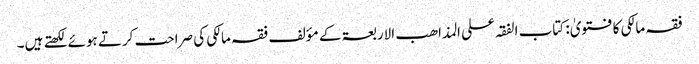
فقہ مالکی کا فتویٰ: کتاب الفقہ علی المذاھب الاربعۃ کے مؤلف فقہ مالکی کی صراحت کرتے ہوئے لکھتے ہیں۔